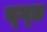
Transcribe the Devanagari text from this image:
ब्ग्छ